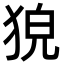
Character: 㹸